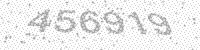
Solution: 456919